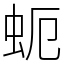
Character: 蚅